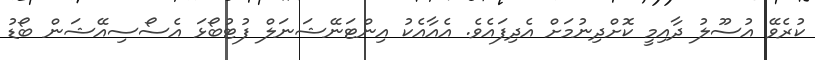
ކުރެވޭ އުސޫލު ދާއިމީ ކޮށްދިނުމަށް އެދިފައެވެ. އެއާއެކު އިންޓަނޭޝަނަލް ފުޓުބޯޅަ އެސޯސިއޭޝަން ބޯޑު